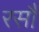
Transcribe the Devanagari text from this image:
रसौ